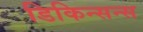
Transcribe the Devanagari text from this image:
डिकिन्सन्स